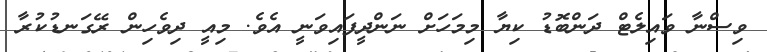
ވިސްނާ ވައިލެޓް ދަންބޮޑު ކިޔާ މިމަހަށް ނަންދީފައިވަނީ އެވެ. މިއީ ދިވެހިން ރޭގަނޑުކުރާ